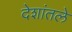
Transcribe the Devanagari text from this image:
देशांतले